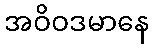
အဝိဝဒမာနေ